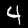
Label: 4